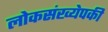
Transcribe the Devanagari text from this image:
लोकसंख्येपकी